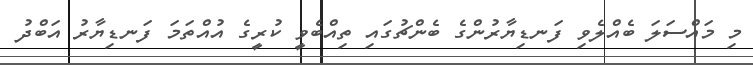
މި މައްސަލަ ބެއްލެވި ފަނޑިޔާރުންގެ ބެންޗުގައި ތިއްބެވީ ކުރީގެ އުއްތަމަ ފަނޑިޔާރު އަބްދު